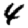
Digit: 4